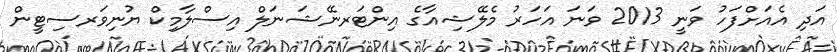
އަދި އެއަށްފަހު ވަނީ 2013 ވަނަ އަހަރު މެލޭޝިއާގެ އިންޓަރނޭޝަނަލް އިސްލާމިކް ޔުނިވަރސިޓީން